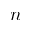
n